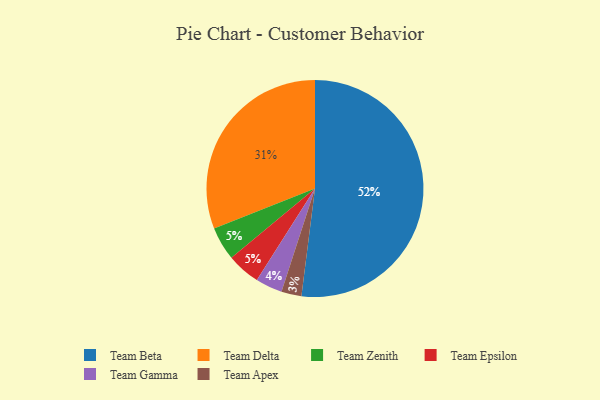
{"axis": {"x": "Category", "y": "Percentage"}, "legend": ["Team Apex", "Team Beta", "Team Delta", "Team Epsilon", "Team Gamma", "Team Zenith"], "data": [{"x": "Team Zenith", "y": 5, "type": "Team Zenith"}, {"x": "Team Gamma", "y": 4, "type": "Team Gamma"}, {"x": "Team Epsilon", "y": 5, "type": "Team Epsilon"}, {"x": "Team Apex", "y": 3, "type": "Team Apex"}, {"x": "Team Delta", "y": 31, "type": "Team Delta"}, {"x": "Team Beta", "y": 52, "type": "Team Beta"}]}